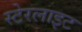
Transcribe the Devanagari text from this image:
स्टेरलाइट